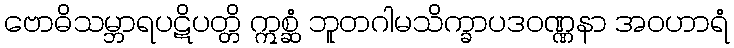
ဗောဓိသမ္ဘာရပဋိပတ္တိ ဣစ္ဆံ ဘူတဂါမသိက္ခာပဒဝဏ္ဏနာ အဝဟာရံ